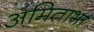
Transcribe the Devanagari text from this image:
अमिताभा